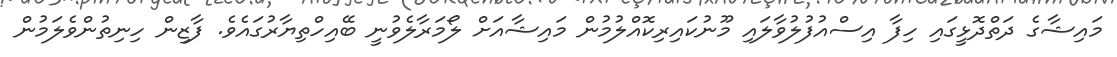
މައިޝާގެ ދަތްދޮޅީގައި ހިފާ އިސްއުފުލުވާލައި މޫނުކައިރިކޮއްލުމުން މައިޝާއަށް ލޯމަރާލެވުނީ ބޭއިހްތިޔާރުގައެވެ. ފާޒިން ހިނިތުންވެލަމުން